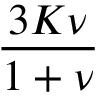
\frac { 3 K \nu } { 1 + \nu }